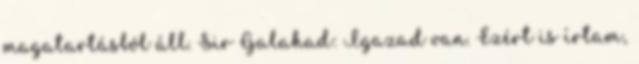
magatartásból áll. Sir Galahad: Igazad van. Ezért is írtam,